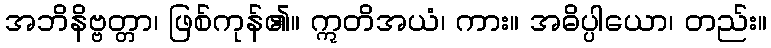
အဘိနိဗ္ဗတ္တာ၊ ဖြစ်ကုန်၏။ ဣတိအယံ၊ ကား။ အဓိပ္ပါယော၊ တည်း။